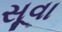
સૂવા